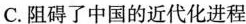
C.阻碍了中国的近代化进程